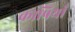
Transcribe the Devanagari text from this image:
कापियाँ